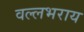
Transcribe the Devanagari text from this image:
वल्‍लभराय